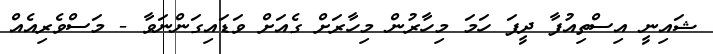
ޝައިނީ އިސްތިއުފާ ދީފަ ހަމަ މިހާރުން މިހާރަށް ގެއަށް ވަޑައިގަންނަވާ - މަސްވެރިއެއް